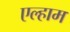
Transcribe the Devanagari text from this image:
एल्हाम